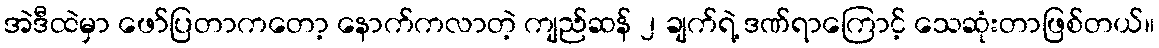
အဲဒီထဲမှာ ဖော်ပြတာကတော့ နောက်ကလာတဲ့ ကျည်ဆန် ၂ ချက်ရဲ့ ဒဏ်ရာကြောင့် သေဆုံးတာဖြစ်တယ်။